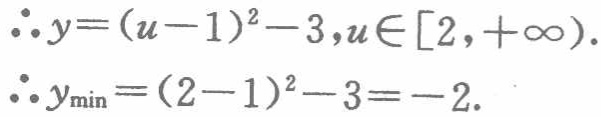
\(\therefore y=(u - 1)^2 - 3, u\in[2,+\infty).\)

\(\therefore y_{\min}=(2 - 1)^2 - 3=-2.\)